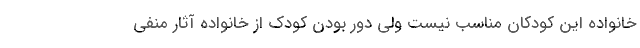
خانواده این کودکان مناسب نیست ولی دور بودن کودک از خانواده آثار منفی